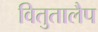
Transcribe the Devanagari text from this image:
वितुतालैप